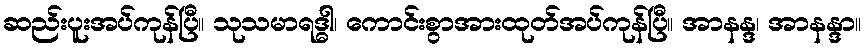
ဆည်းပူးအပ်ကုန်ပြီ။ သုသမာရဒ္ဓါ၊ ကောင်းစွာအားထုတ်အပ်ကုန်ပြီ။ အာနန္ဒ၊ အာနန္ဒာ။